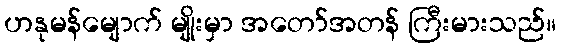
ဟနုမန်မျောက် မျိုးမှာ အတော်အတန် ကြီးမားသည်။